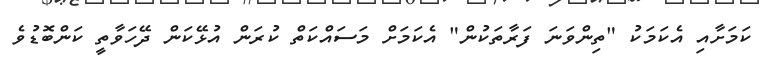
ކަމަށާއި އެކަމަކު "ތިންވަނަ ފަރާތަކުން" އެކަމަށް މަސައްކަތް ކުރަން އުޅޭކަން ދޭހަވާތީ ކަންބޮޑުވެ